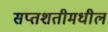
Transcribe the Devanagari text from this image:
सप्तशतीमधील